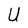
Character: U